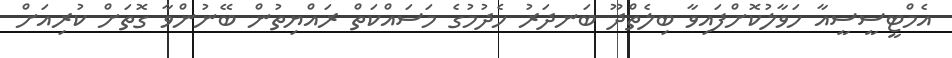
އެމްޓީސީސީއާ ހަވާލުކޮށްފައިވާ ބިލެތްދޫ ބަނދަރު ހެދުމުގެ މަސައްކަތް ރައްޔިތުން ބޭނުންވާ ގޮތަށް ކުރިއަށް